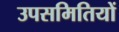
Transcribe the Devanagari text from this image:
उपसमितियों